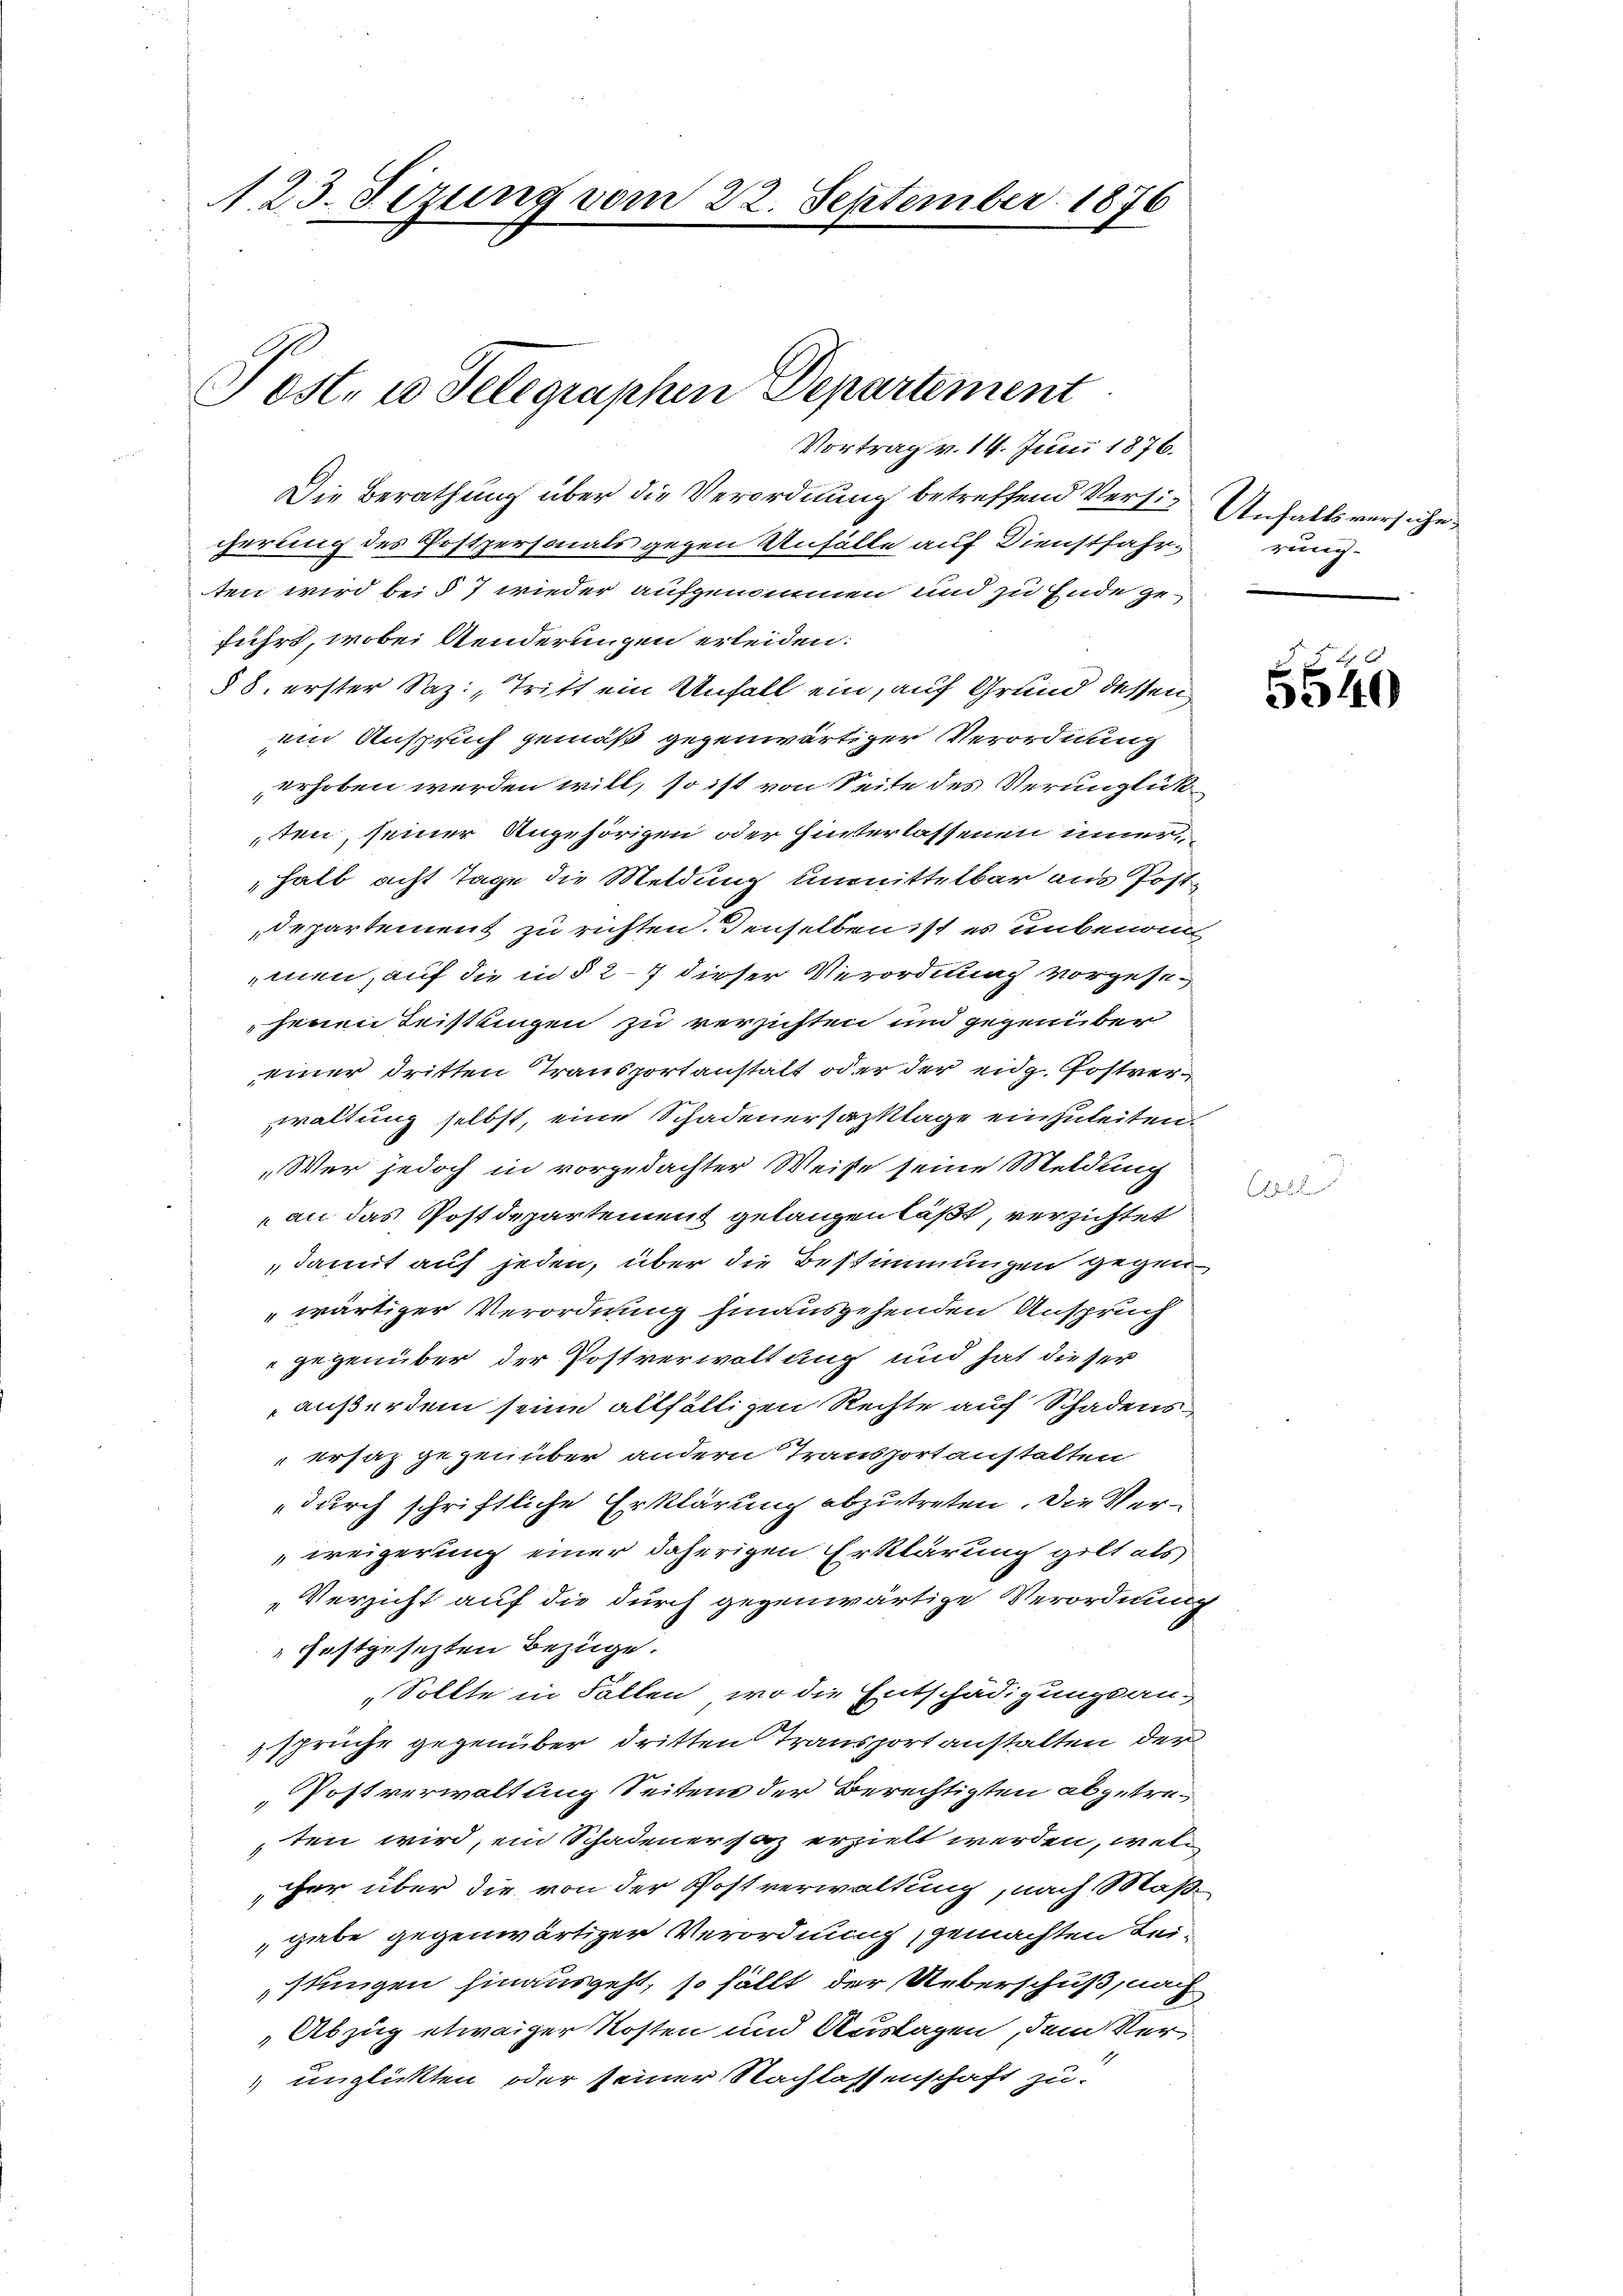
123. Sizung vom 22. September 1876

de
Post. 10 Telegraphen Departement
Vortrag v. 14. Juni 1876.

Die Berathung über die Verordnung betreffend Versicherung des Postpersonals gegen Unfälle auf Dienstfahrten wird bei § 7 wieder aufgenommen und zu Ende ge-
führt, wobei Aenderungen erleiden:
§ 8. erster Saz., Tritt ein Unfall ein, auf Grund dessen
ein Anspruch gemäß gegenwärtiger Verordnung
erhoben werden will, so ist von Seite des Verunglükten, seiner Angehörigen oder hinterlassenen innerhalb acht Tage die Meldung unmittelbar aus Post
departement zu richten. Denselben ist es unbenom
men, auf die in § 27 dieser Verordnung vorgesejenen Leistlingen zu verzichten und gegenüber
einer dritten Transportanstalt oder der eidg. Postverwaltung selbst, eine Schadenersatzklage einzuleiten.
„Wer jedoch in vorgedachter Weise seine Meldung
an das Postdepartement gelangen läßt, verzichtet
damit auf jeden, über die Bestimmungen gegen
wärtiger Verordnung hinausgehenden Anspruch
 gegenüber der Postverwaltung und hat dieser
außerdem seine allfälligen Rechte auf Schadensersaz gegenüber andern Transportanstalten
durch schriftliche Erklärung abzutreten. Die Verweigerung einer daherigen Erklärung gilt als
Verzicht auf die durch gegenwärtige Verordnung
fostgesezten Bezüge.
„Sollte in Fallen, wo die Entschädigungsan-
sprüche gegenüber dritten Transport anstalten der
Postverwaltung Seitens der Berechtigten abgetreten wird, ein Schadener saz erzielt werden, welcher über die von der Postverwaltung, nach Maß¬
 gabe gegenwärtiger Verordnung, gemachten Leistungen hinausgeht, so fällt der Ueberschuß, nach
Abzug etwaiger Kosten und Auslagen, dem Ver
 unglückten oder seiner Nachlassenschaft zu-

Unfalls versuche,
rung.

5540

8